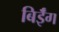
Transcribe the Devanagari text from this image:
बिईँग